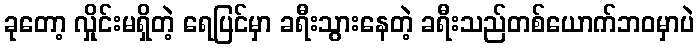
ခုတော့ လှိုင်းမရှိတဲ့ ရေပြင်မှာ ခရီးသွားနေတဲ့ ခရီးသည်တစ်ယောက်ဘဝမှာပဲ